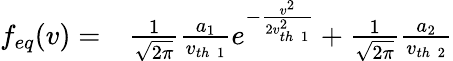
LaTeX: \begin{array}{rl}{f_{eq}(v)=}&{{}\frac{1}{\sqrt{2\pi}}\frac{a_{1}}{v_{th\; 1}}e^{-\frac{v^{2}}{2v_{th\; 1}^{2}}}+\frac{1}{\sqrt{2\pi}}\frac{a_{2}}{v_{th\; 2}}}\end{array}